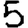
Digit: 5